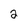
Character: 2